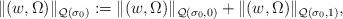
LaTeX: \begin{align*} \Vert (w,\Omega)\Vert_{\mathcal{Q}(\sigma_0)} :=\Vert (w,\Omega)\Vert_{\mathcal{Q}(\sigma_0,0)}+\Vert (w,\Omega)\Vert_{\mathcal{Q}(\sigma_0,1)},\end{align*}